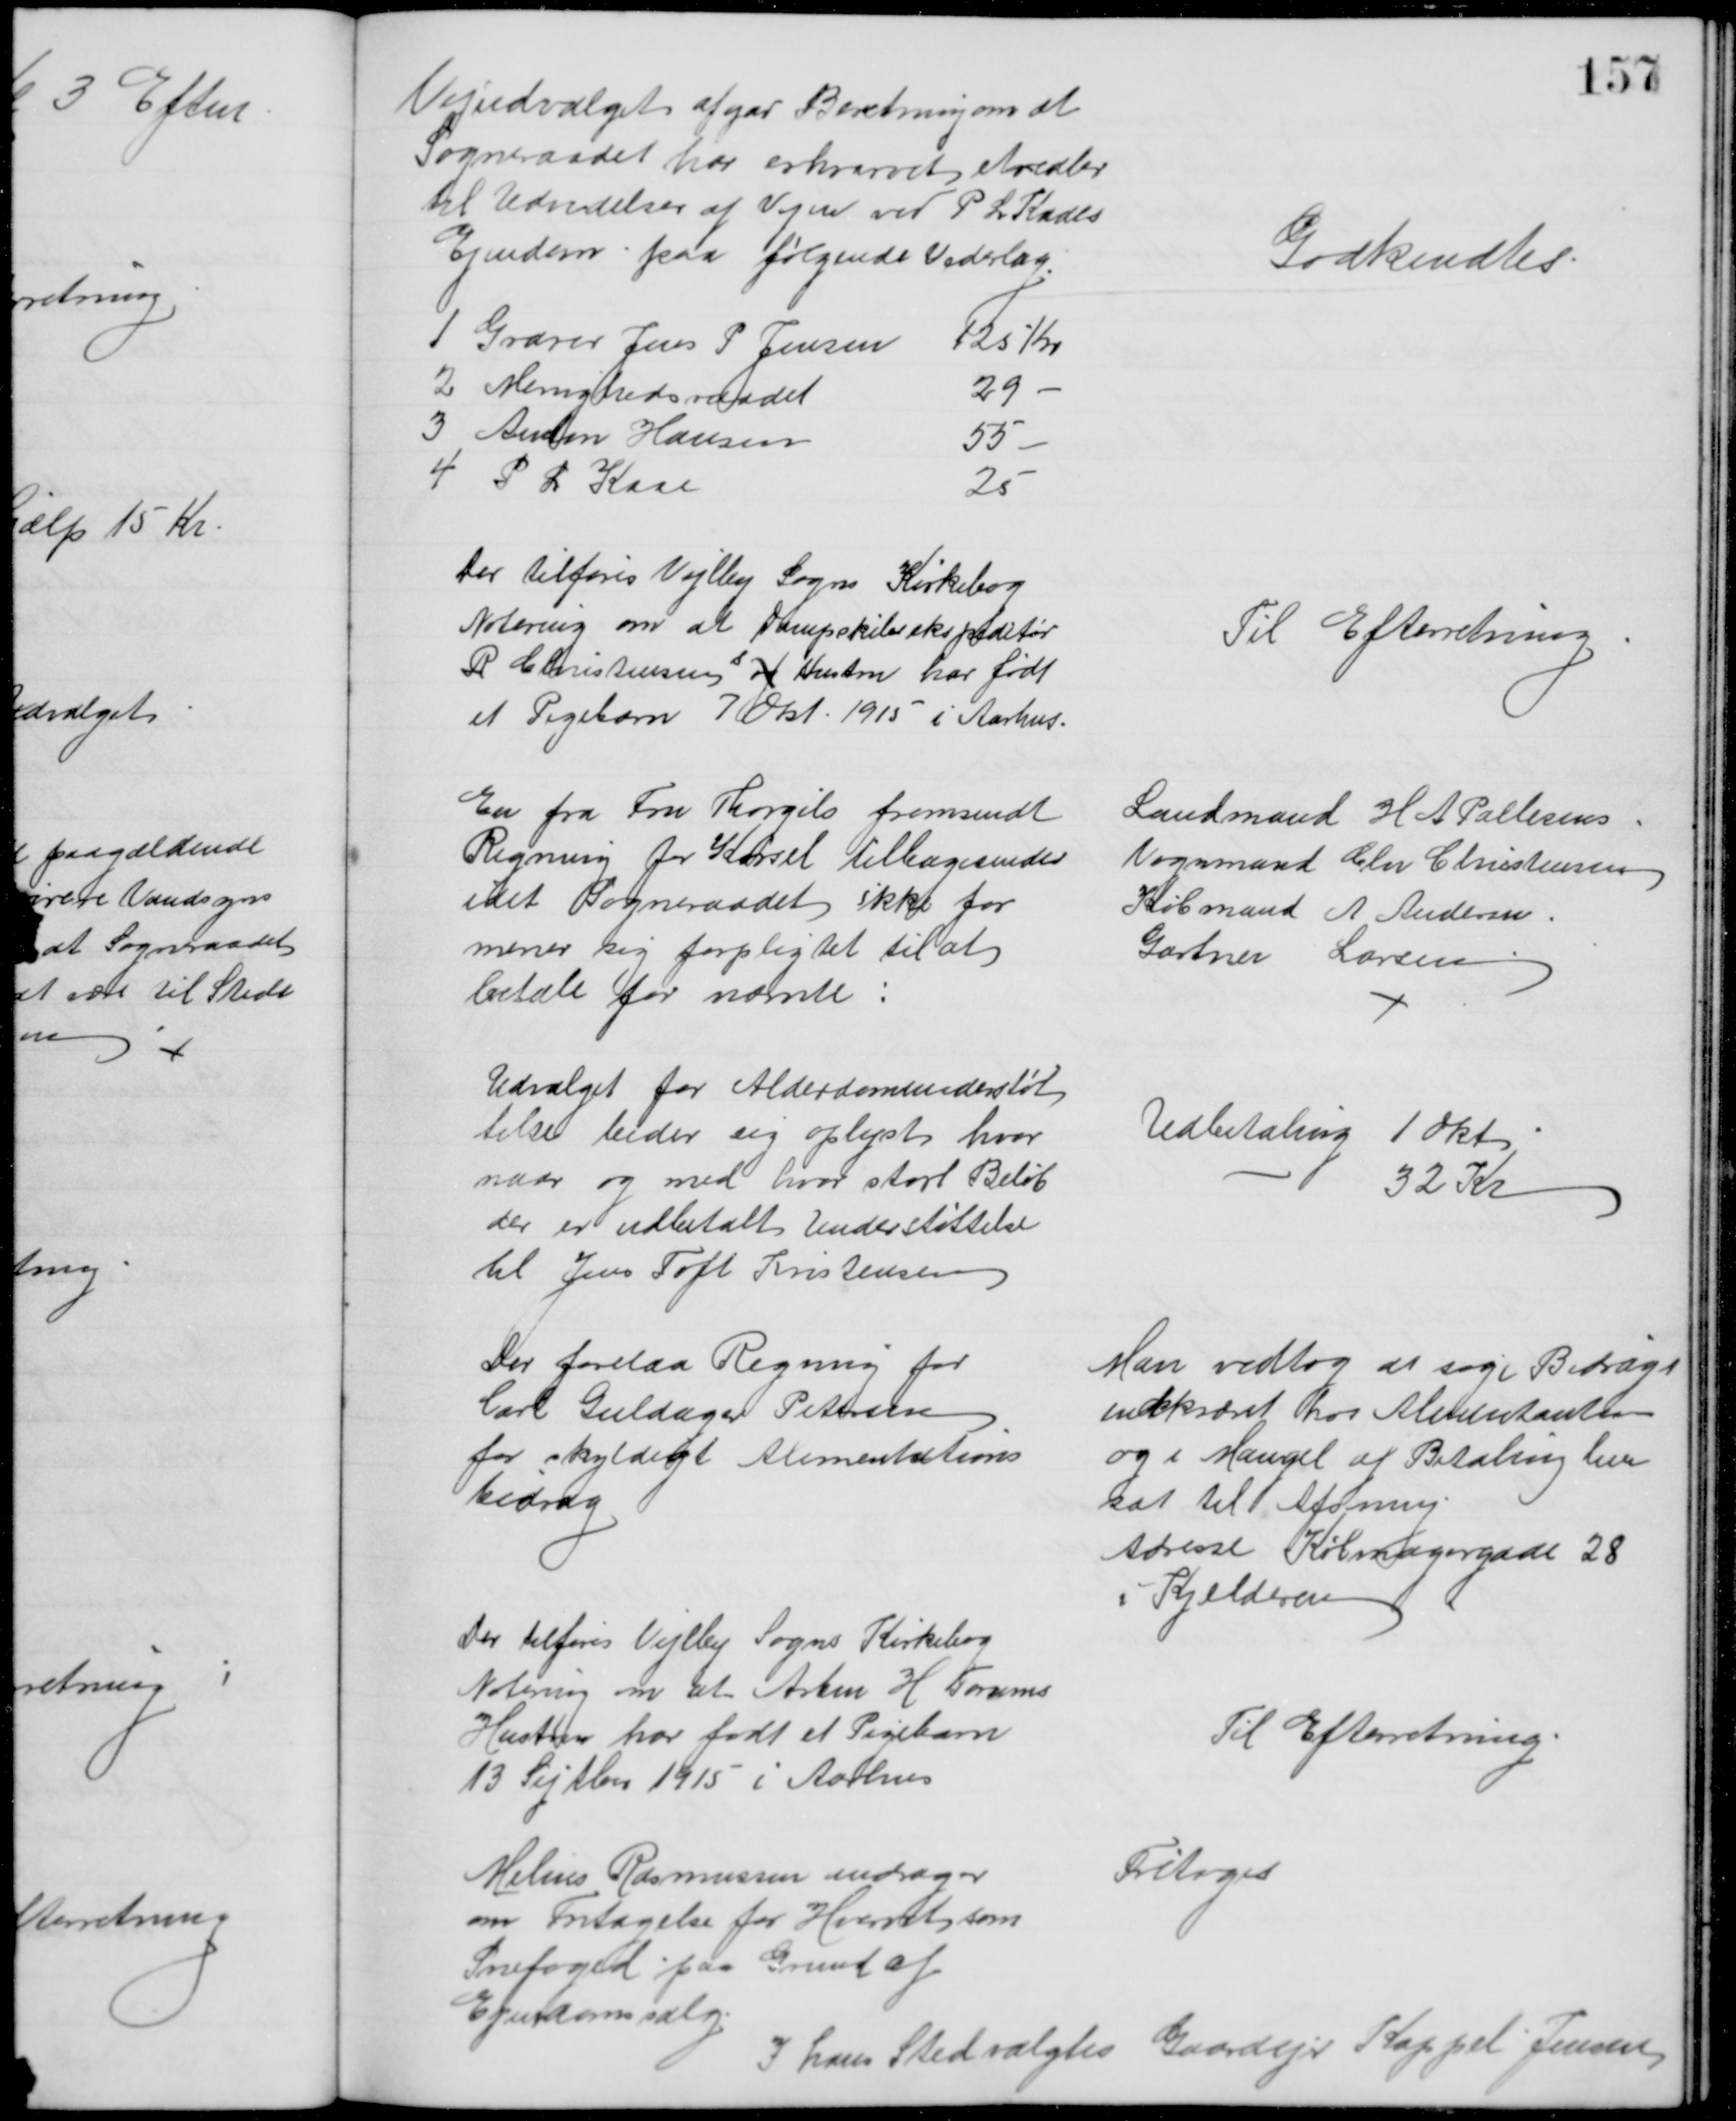
Transskription:
Vejudvalget afgav Beretning om at
Sogneraadet har erhvervet Arealer
til Udvidelse af Vejen ved P. L. Kaaes
Ejendom paa følgende Vederlag
1 Graver Jens P Jensen 125 Kr
2. Menighedsraadet
29 
3 Anton Hansen
55
4 P L Kaae
25
Godkendtes
Der tilføres Vejlby Sogns Kirkebog
Notering om at Dampskibsekspeditør
R Christensen 
s
og Hustru har født
et Pigebarn 7 Okt. 1915 i Aarhus
Til Efterretning
En fra Fru Thorgils fremsendt
Regning for Kørsel tilbagesendes
idet Sogneraadet ikke for
mener sig forpligtet til at
betale for nævnte:
Landmand H A Pallesens
Vognmand Chr Christensen
Købmand A  Andersen
Gartner Larsen
Udvalget for Alderdomsunderstøt
telse beder sig oplyst hvor
naar og med hvor stort Beløb
der er udbetalt Understøttelse
til Jens Toft Kristensen
Udbetaling 1 Okt
32 Kr
Der forelaa Regning for
Carl Guldager Petersen
for skyldigt Alimentations
bidrag
Man vedtog at søge Bidrags
indkrævet hos Alimentanten
og i Mangel af Betaling hen
sat til Afsoning
Adresse Købmagergade 28
i Kjelderen
Der tilføres Vejlby Sogns Kirkebog
Notering om at Arbm H. Forums
Hustru har født et Pigebarn
13 Septbr 1915 i Aarhus
Til Efterretning
Melius Rasmussen andrager
om Fritagelse for Hvervet som
Snefoged paa Grund af
Ejendomssalg.
Fritoges
I hans Sted valgtes Gaardejer Kappel Jensen